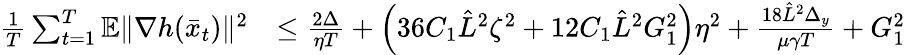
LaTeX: \begin{array}{rl}{\frac{1}{T}\sum_{t=1}^{T}\mathbb{E}\| \nabla h(\bar{x}_{t})\| ^{2}}&{\leq\frac{2\Delta}{\eta T}+\left(36C_{1}\hat{L}^{2}\zeta^{2}+12C_{1}\hat{L}^{2}G_{1}^{2}\right)\eta^{2}+\frac{18\hat{L}^{2}\Delta_{y}}{\mu\gamma T}+G_{1}^{2}}\end{array}